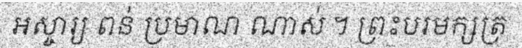
អស្ចារ្យ ពន់ ប្រមាណ ណាស់ ។ ព្រះបរមក្សត្រ